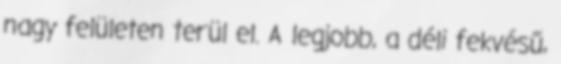
nagy felületen terül el. A legjobb, a déli fekvésű,